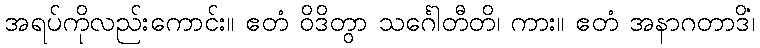
အရပ်ကိုလည်းကောင်း။ ဧတံ ဝိဒိတွာ သင်္ဂေါတီတိ၊ ကား။ ဧတံ အနာဂတာဒိံ၊